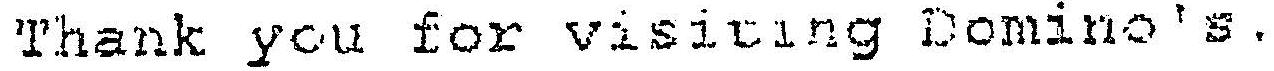
THANK YOU FOR VISITING DOMINO'S.